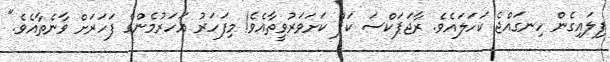
ފިލައިގެން ހިނގައްޖެ ކަހަލައެވެ. ރާޖަޕަކްސަ ކަޕް ކަށަވަރުވީތާއެވެ! މިފަހަރު އަހަރުމެންގެ ފަހަރަށް ވާނެތާއެވެ."